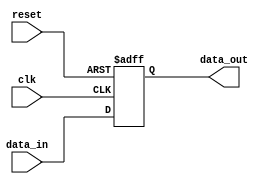
module transmission_gate_delay(
    input wire clk,
    input wire reset,
    input wire data_in,
    output wire data_out
);

reg data_reg;

always @(posedge clk or posedge reset) begin
    if (reset) begin
        data_reg <= 1'b0;
    end else begin
        data_reg <= data_in;
    end
end

assign data_out = data_reg;

endmodule